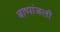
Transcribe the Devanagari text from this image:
बाष्पांजली